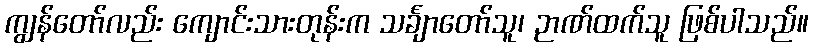
ကျွန်တော်လည်း ကျောင်းသားတုန်းက သင်္ချာတော်သူ၊ ဉာဏ်ထက်သူ ဖြစ်ပါသည်။